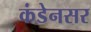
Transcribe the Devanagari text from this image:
कंडेनसर